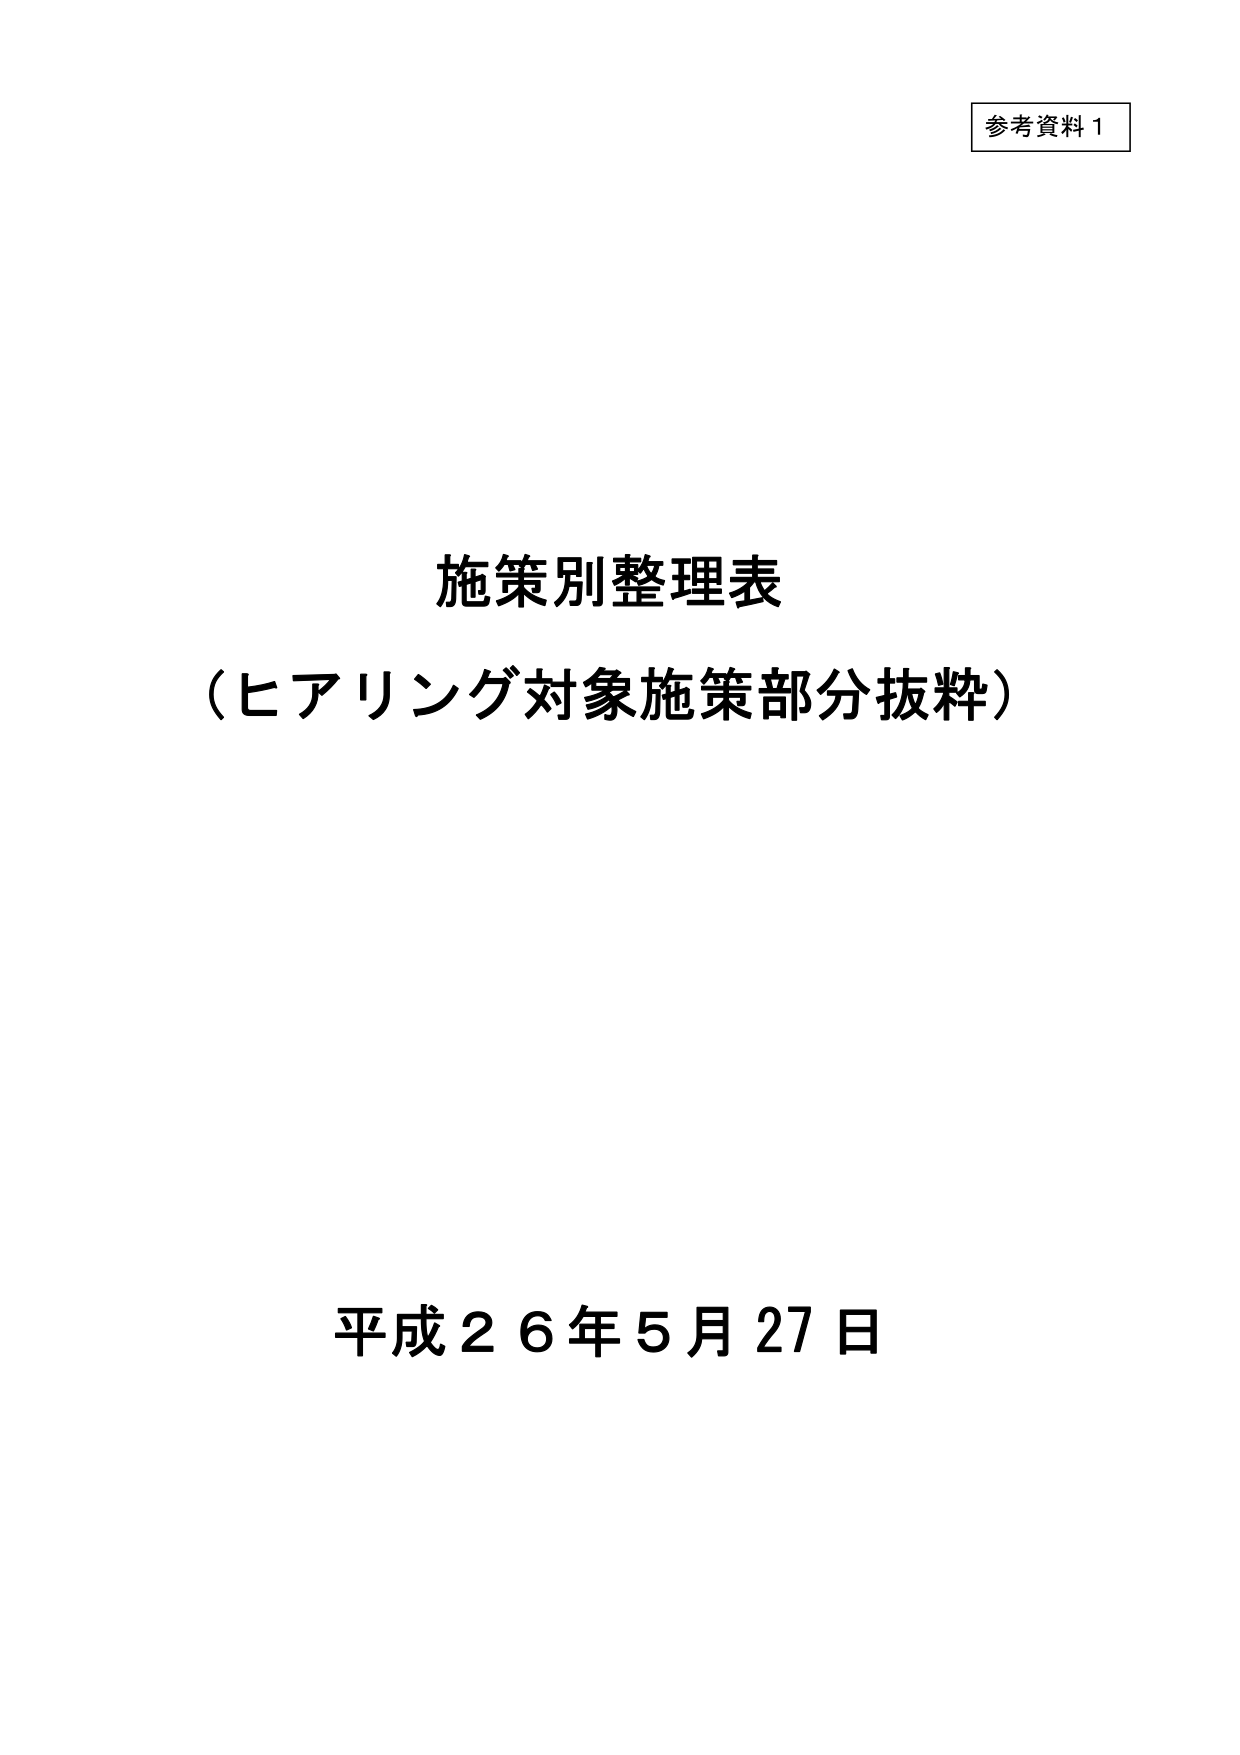
参考資料１

施策別整理表
（ヒアリング対象施策部分抜粋）

平成２６年５月２７日